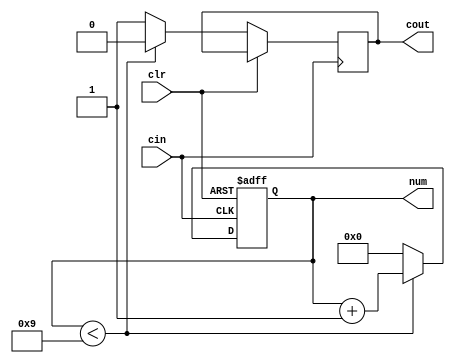
`timescale 1ns / 1ps
//////////////////////////////////////////////////////////////////////////////////
// Company: 
// Engineer: 
// 
// Design Name: 
// Module Name: wam_cnt
// Project Name: 
// Target Devices: 
// Tool Versions: 
// Description: 
// 
// Dependencies: 
// 
// Revision:
// Revision 0.01 - File Created
// Additional Comments:
// 
//////////////////////////////////////////////////////////////////////////////////


module wam_cnt(             // 1-bit 0-to-9 counter
    input wire clr,
    input wire cin,
    output reg cout,        // carry bit
    output reg [3:0] num    // DEC number in BCD
    );

    always @(posedge cin or posedge clr) begin
        if (clr)
            begin
                num <= 0;
            end
        else
            begin
                if (num < 9)
                    begin
                        num <= num + 1;
                        cout <= 0;
                    end
                else
                    begin
                        num <= 0;
                        cout <= 1;
                    end
            end
    end
endmodule // wam_cnt